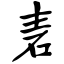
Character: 砉